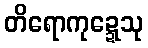
တိရောကုဍ္ဍေသု